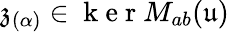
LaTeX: \mathfrak{z}_{(\alpha)}\in\mathrm{~k~e~r~}M_{ab}(\mathfrak{u})